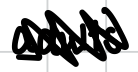
Text: adults.
Cross-out: zig-zag
Writing tool: digital_black